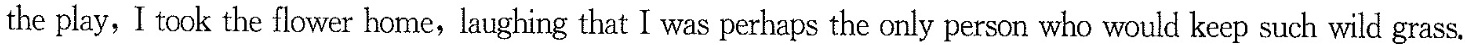
the play, I took the flower home, laughing that I was perhaps the only person who would keep such wild grass,